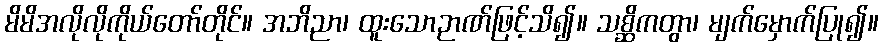
မိမိအလိုလိုကိုယ်တော်တိုင်။ အဘိညာ၊ ထူးသောဉာဏ်ဖြင့်သိ၍။ သစ္ဆိကတွာ၊ မျက်မှောက်ပြု၍။